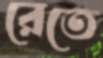
রেতে